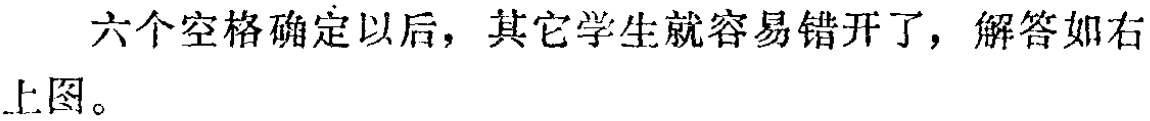
六个空格确定以后，其它学生就容易错开了，解答如右上图。